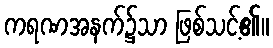
ကရဏအနက်၌သာ ဖြစ်သင့်၏။